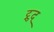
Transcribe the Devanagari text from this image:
ट्रुद्